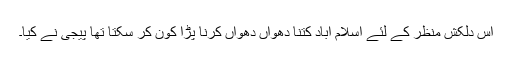
اس دلکش منظر کے لئے اسلام اباد کتنا دھواں دھواں کرنا پڑا کون کر سکتا تھا پیجی نے کیا۔